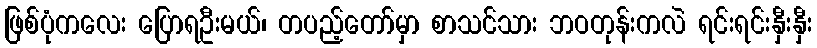
ဖြစ်ပုံကလေး ပြောရဦးမယ်၊ တပည့်တော်မှာ စာသင်သား ဘဝတုန်းကလဲ ရင်းရင်းနှီးနှီး